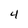
Character: 4